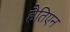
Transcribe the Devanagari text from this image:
हैतिएन